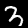
Digit: 3